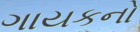
ગાયકનો